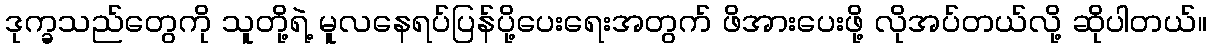
ဒုက္ခသည်တွေကို သူတို့ရဲ့ မူလနေရပ်ပြန်ပို့ပေးရေးအတွက် ဖိအားပေးဖို့ လိုအပ်တယ်လို့ ဆိုပါတယ်။